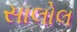
સાલોલ